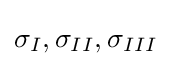
{{\sigma }_{I}},{{\sigma }_{II}},{{\sigma }_{III}}